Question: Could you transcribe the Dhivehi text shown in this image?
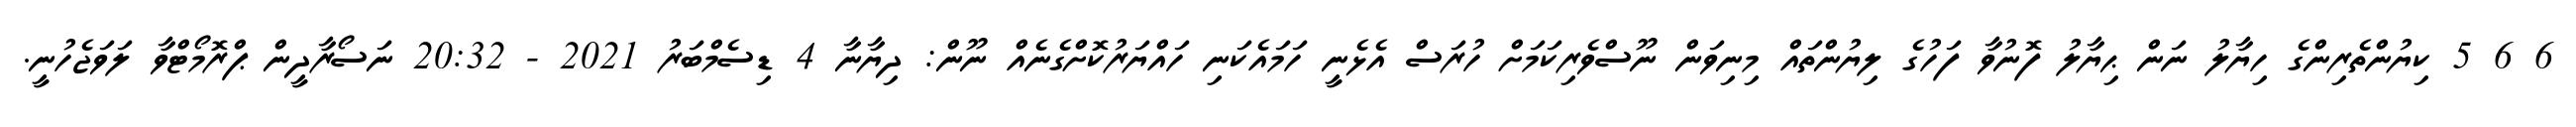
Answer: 6 6 5 ކިޔުންތެރިންގެ ހިޔާލު ނަން ޙިޔާލު ފޮނުވާ ފަހުގެ ލިޔުންތައް މިނިވަން ނޫސްވެރިކަމަށް ހުރަސް އެޅެނީ ހަމައެކަނި ހައްޔަރުކޮށްގެނެއް ނޫން: ދިޔާނާ 4 ޑިސެމްބަރު 2021 - 20:32 ނަސޯރާދީން ޕްރޮމޯޓްވާ ލަވަޖެހުނީ.